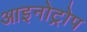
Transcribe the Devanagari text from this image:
आइनोट्रोप